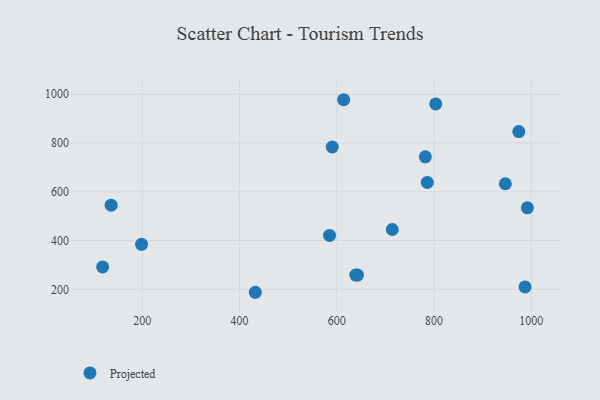
{"axis": {"x": "Price", "y": "Yield"}, "legend": ["Projected"], "data": [{"x": "590.6", "y": 783.8, "type": "Projected"}, {"x": "803.4", "y": 960.6, "type": "Projected"}, {"x": "714.1", "y": 445.4, "type": "Projected"}, {"x": "782.0", "y": 743.4, "type": "Projected"}, {"x": "642.5", "y": 258.4, "type": "Projected"}, {"x": "585.1", "y": 421.0, "type": "Projected"}, {"x": "974.2", "y": 847.1, "type": "Projected"}, {"x": "946.5", "y": 633.0, "type": "Projected"}, {"x": "432.5", "y": 188.0, "type": "Projected"}, {"x": "136.1", "y": 545.4, "type": "Projected"}, {"x": "118.6", "y": 292.0, "type": "Projected"}, {"x": "198.6", "y": 384.6, "type": "Projected"}, {"x": "987.0", "y": 209.9, "type": "Projected"}, {"x": "639.1", "y": 258.5, "type": "Projected"}, {"x": "614.1", "y": 977.7, "type": "Projected"}, {"x": "991.8", "y": 534.4, "type": "Projected"}, {"x": "786.0", "y": 638.6, "type": "Projected"}]}